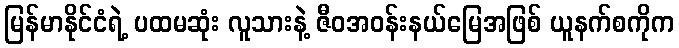
မြန်မာနိုင်ငံရဲ့ ပထမဆုံး လူသားနဲ့ ဇီဝအဝန်းနယ်မြေအဖြစ် ယူနက်စကိုက